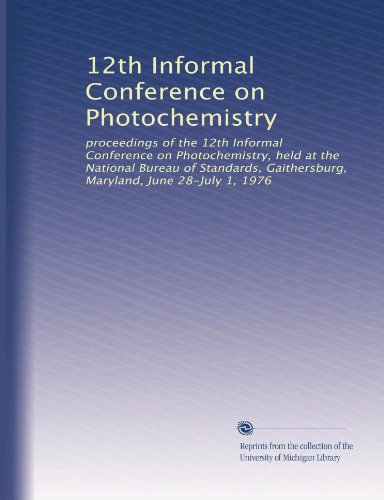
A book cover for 12th Informal Conference on Photochemistry: proceedings of the 12th Informal Conference on Photochemistry, held at the National Bureau of Standards, Gaithersburg, Maryland, June 28-July 1, 1976; Unknown; Science & Math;